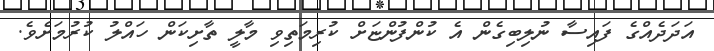
އަދަދެއްގެ ފައިސާ ނުލިބިގެން އެ ކުންފުންޏަށް ކުރިމަތިވި މާލީ ތާށިކަން ހައްލު ކުރުމަށެވެ.